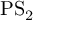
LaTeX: \mathrm { P S } _ { 2 }